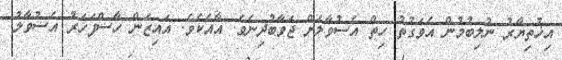
އިޚުތިޔާރު ނުލިބުމުން އެވަގުތު ހިތް އެސުވާލަށް ޖަވާބުދިނެވެ. އާއެކެވެ. އައިޒަން ހާސްފަހަރު އެސުވާލު